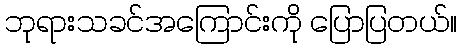
ဘုရားသခင်အကြောင်းကို ပြောပြတယ်။